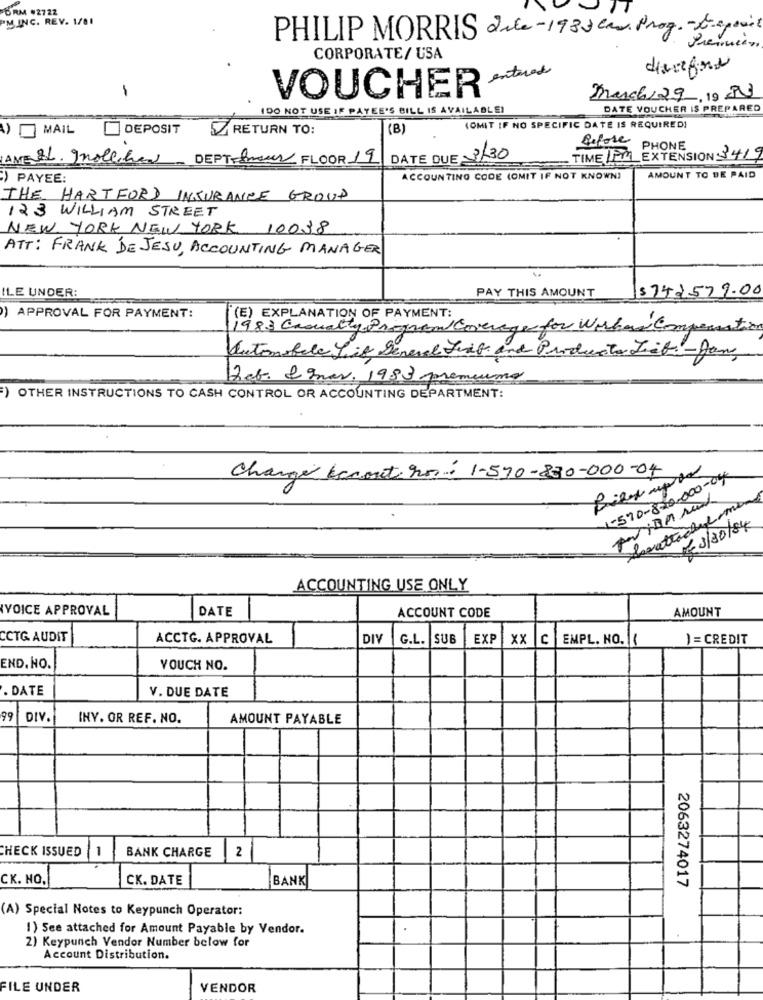
6RM #2722
"MINC. REV. 1/81
PHILIP MORRIS date - 1930 Car Prog. - E-apower
Premien
CORPORATE/ USA
entered
driefone
VOUCHER
march129, 19 PV)
1DO NOT USE IF PAYEE'S BILL IS AVAILABLEI
DATE VOUCHER IS PREPARED
) MAIL
DEPOSIT
RETURN TO:
(B)
COMIT IF NO SPECIFIC DATE IS REQUIRED!
Before
PHONE
AME IL. gnollihed DEPT Inour FLOOR 19
DATE DUE 3/30
- TIME 1PM EXTENSION 3419
) PAYEE:
ACCOUNTING CODE (OMIT IF NOT KNOWN)
AMOUNT TO BE PAID
THE HARTFORD INSURANCE GROUP
123 WILLIAM STREET
NEW YORK NEW YORK 10038
ATT: FRANK DE JESU, ACCOUNTING MANAGER
PAY THIS AMOUNT
$742579.00
ILE UNDER:
APPROVAL FOR PAYMENT:
(E) EXPLANATION OF PAYMENT:
1983 Casualty Program Coverage for Workers Compensation
Automobile Lif general Just and Products Liebe- Jan
Feb. & Inas, 1983 premeund
) OTHER INSTRUCTIONS TO CASH CONTROL OR ACCOUNTING DEPARTMENT:
Change kanout no: 1-570-830-000-04
1-570-800.000-04
DE 3/30/84
ACCOUNTING USE ONLY
VOICE APPROVAL
DATE
AMOUNT
ACCOUNT CODE
CCTG. AUDIT
ACCTG. APPROVAL
DIV
G.L. SUB
EXP
xx
C
EMPL. NO.
-
) = CREDIT
END. NO.
VOUCH NO.
. DATE
V. DUE DATE
99
DIV.
INY. OR REF. NO.
AMOUNT PAYABLE
CHECK ISSUED
BANK CHARGE
2
CK. NO.
CK. DATE
BANK
2063274017
(A) Special Notes to Keypunch Operator:
1) See attached for Amount Payable by Vendor.
2) Keypunch Vendor Number below for
Account Distribution.
FILE UNDER
VENDOR